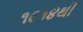
૧૯૧૪થી